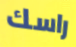
راسك